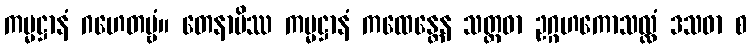
ကမ္မဋ္ဌာနံ ဂဟေတဗ္ဗံ။ တေနာပိဿ ကမ္မဋ္ဌာနံ ကထေန္တေန သတ္တဓာ ဥဂ္ဂဟကောသလ္လံ ဒသဓာ စ